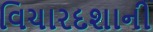
વિચારદશાની